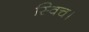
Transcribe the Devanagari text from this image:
स्विच।